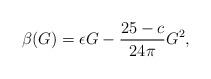
LaTeX: \begin{align*}\beta(G)=\epsilon G- \frac{25-c}{24\pi}G^2,\end{align*}